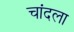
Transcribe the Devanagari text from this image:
चांदला